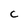
Character: C